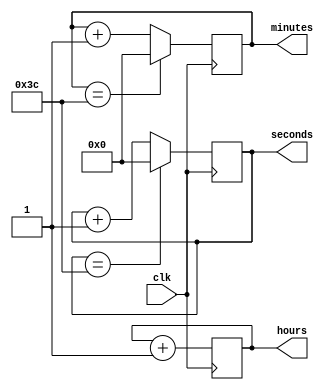
module rtc_timer (
    input wire clk,        // External clock input
    output wire [3:0] hours,   // Display for hours
    output wire [5:0] minutes, // Display for minutes
    output wire [5:0] seconds  // Display for seconds
);

reg [3:0] hours_reg;
reg [5:0] minutes_reg;
reg [5:0] seconds_reg;

always @(posedge clk) begin
    // Synchronization block
    hours_reg <= hours_reg + 1;
    if (hours_reg == 24) hours_reg <= 0;
    
    minutes_reg <= minutes_reg + 1;
    if (minutes_reg == 60) minutes_reg <= 0;
    
    seconds_reg <= seconds_reg + 1;
    if (seconds_reg == 60) seconds_reg <= 0;
end

assign hours = hours_reg;
assign minutes = minutes_reg;
assign seconds = seconds_reg;

endmodule